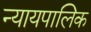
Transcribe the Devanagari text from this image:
न्यायपालिक